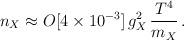
LaTeX: \begin{align*}n_{X} \approx O[4\times 10^{-3}]\,g_{X}^{2}\,\frac{T^{4}}{m_{X}} \,.\end{align*}